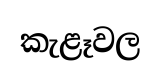
කැළෑවල